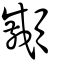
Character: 顣